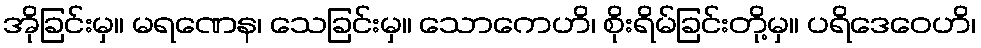
အိုခြင်းမှ။ မရဏေန၊ သေခြင်းမှ။ သောကေဟိ၊ စိုးရိမ်ခြင်းတို့မှ။ ပရိဒေဝေဟိ၊